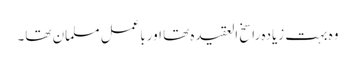
وہ بہت زیادہ راسخ العقیدہ تھا اورباعمل مسلمان تھا۔